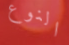
النوع